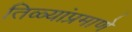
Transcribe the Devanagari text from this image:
तिळ्यांप्रमाणे